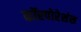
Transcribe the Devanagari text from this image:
कॉरपोरेशंस